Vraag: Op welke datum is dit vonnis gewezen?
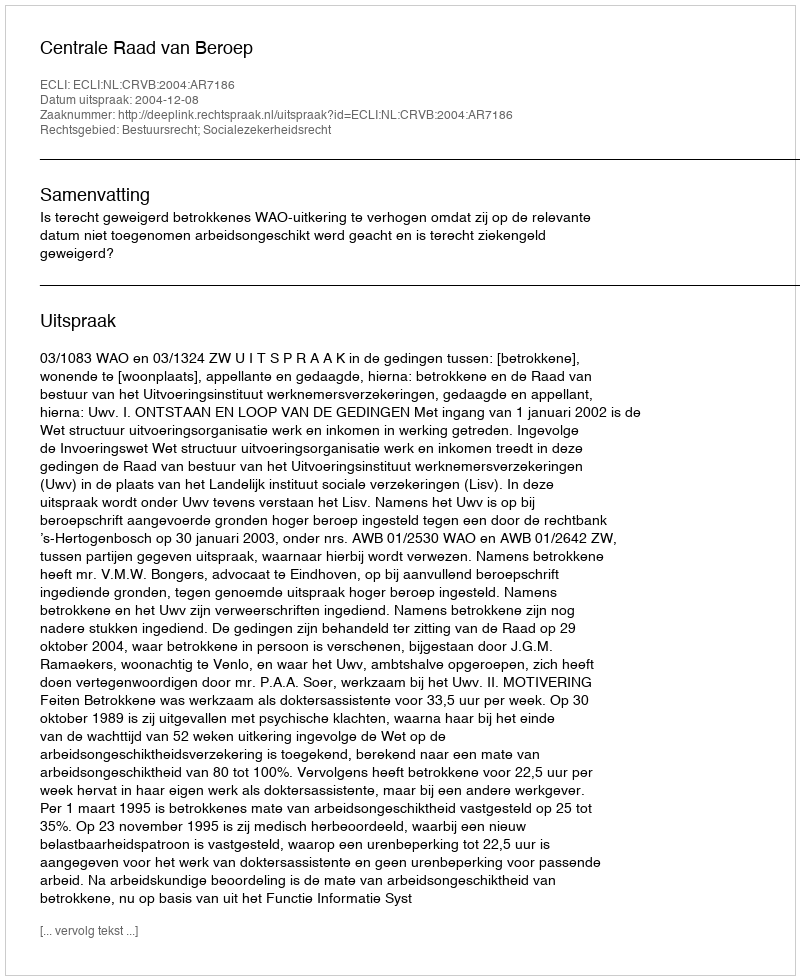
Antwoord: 2004-12-08